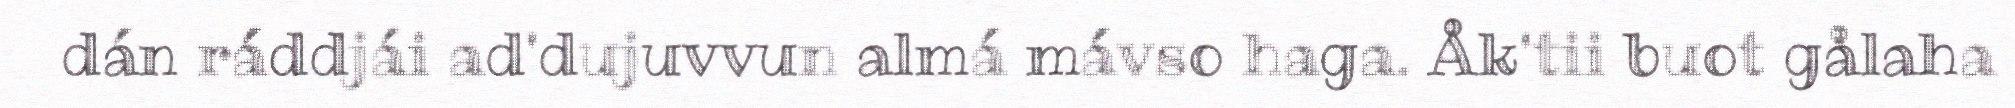
dán ráddjái ad'dujuvvun almá mávso haga. Åk'tii buot gålaha